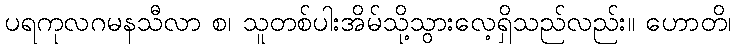
ပရကုလဂမနသီလာ စ၊ သူတစ်ပါးအိမ်သို့သွားလေ့ရှိသည်လည်း။ ဟောတိ၊